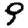
Digit: 9